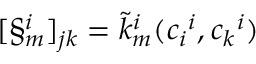
[ \S _ { m } ^ { i } ] _ { j k } = \tilde { k } _ { m } ^ { i } ( \v _ { c _ { i } } ^ { i } , \v _ { c _ { k } } ^ { i } )